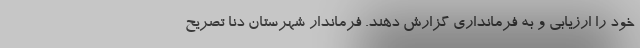
خود را ارزیابی و به فرمانداری گزارش دهند. فرماندار شهرستان دنا تصریح